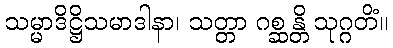
သမ္မာဒိဋ္ဌိသမာဒါနာ၊ သတ္တာ ဂစ္ဆန္တိ သုဂ္ဂတိံ။